Lunatic asylums Central Provinces reports 1895-1909 - 1895-1909
Year: 1895
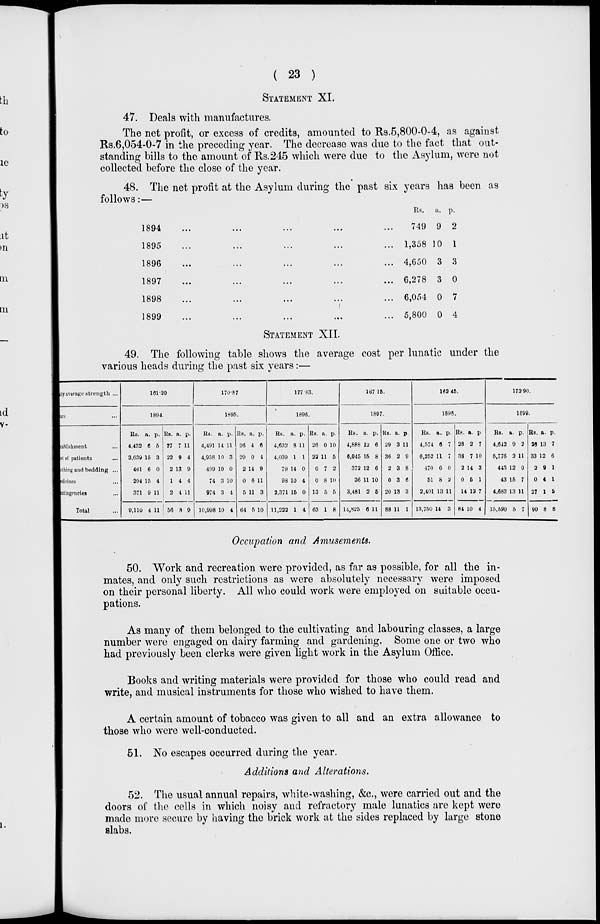
( 23 )
STATEMENT XI.
47. Deals with manufactures.
The net profit, or excess of credits, amounted to Rs.5,800-0-4, as against
Rs.6,054-0-7 in the preceding year. The decrease was due to the fact that out-
standing bills to the amount of Rs.245 which were due to the Asylum, were not
collected before the close of the year.
48. The net profit at the Asylum during the past six years has been as
follows:—
1894 ... ... ... ... ...
1895 ... ... ... ... ...
1896 ... ... ... ... ...
1897 ... ... ... ... ...
1898 ... ... ... ... ...
1899 ... ... ... ... ...
Rs.
749
1,358
4,650
6,278
6,054
5,800
a.
9
10
3
3
0
0
p.
2
1
3
0
7
4
STATEMENT XII.
49. The following table shows the average cost per lunatic under the
various heads during the past six years:—
Daily average strength ...
Years ...
Establishment ...
Diet of patients ...
Clothing and bedding ...
Medicines ...
Contingencies ...
Total ...
161.20
1894.
Rs.
4,432
3,639
461
204
371
9,110
a.
6
15
6
15
9
4
p.
5
3
0
4
11
11
Rs.
27
22
2
1
2
56
a.
7
9
13
4
4
8
p.
11
4
9
4
11
9
170.87
1895.
Rs.
4,491
4,958
499
74
974
10,998
a.
14
10
10
3
3
10
p.
11
3
0
10
4
4
Rs.
26
29
2
0
5
64
a.
4
0
14
6
11
5
p.
6
1
9
11
3
10
177 83.
1896.
Rs.
4,632
4,039
79
98
2,371
11,222
a.
8
1
14
10
15
1
p.
11
1
0
4
0
4
Rs.
26
22
0
0
13
63
a.
0
11
7
8
5
1
p.
10
5
2
10
5
8
167.15.
1897.
Rs.
4,888
6,045
372
36
3,481
14,825
a.
12
15
12
11
2
6
p.
6
8
6
10
5
11
Rs.
29
36
2
0
20
88
a.
3
2
3
3
13
11
p.
11
9
8
6
3
1
162.45.
1898.
Rs.
4,574
6,252
470
51
2,401
13,750
a.
6
11
6
8
13
14
p.
7
7
0
2
11
3
Rs.
28
38
2
0
14
84
a.
2
7
14
5
12
10
p.
7
10
3
1
7
4
172.90.
1899.
RS.
4,643
5,776
443
43
4,683
15,590
a.
9
2
12
15
13
5
p.
2
11
0
7
11
7
Rs.
26
33
2
0
27
90
a.
13
12
9
4
1
8
p.
7
6
1
1
5
8
Occupation and Amusements.
50. Work and recreation were provided, as far as possible, for all the in-
mates, and only such restrictions as were absolutely necessary were imposed
on their personal liberty. All who could work were employed on suitable occu-
pations.
As many of them belonged to the cultivating and labouring classes, a large
number were engaged on dairy farming and gardening. Some one or two who
had previously been clerks were given light work in the Asylum Office.
Books and writing materials were provided for those who could read and
write, and musical instruments for those who wished to have them.
A certain amount of tobacco was given to all and an extra allowance to
those who were well-conducted.
51. No escapes occurred during the year.
Additions and Alterations.
52. The usual annual repairs, white-washing, &c., were carried out and the
doors of the cells in which noisy and refractory male lunatics are kept were
made more secure by having the brick work at the sides replaced by large stone
slabs.